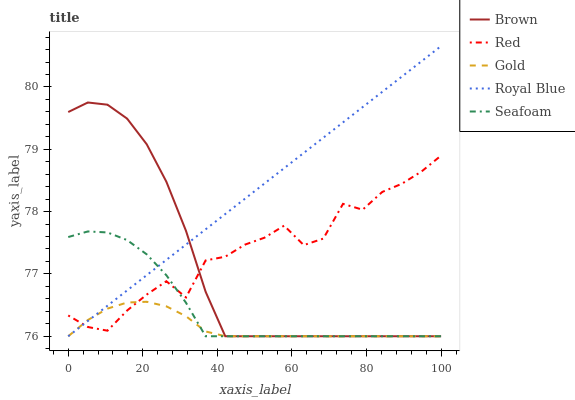
| xaxis_label | Brown | Red | Gold | Royal Blue | Seafoam |
 | --- | --- | --- | --- | --- | --- |
 | 0 | 79.6 | 76.3 | 76 | 76 | 77.6 |
 | 5.26 | 79.8 | 76.1 | 76.3 | 76.2 | 77.7 |
 | 10.5 | 79.7 | 76.1 | 76.4 | 76.5 | 77.7 |
 | 15.8 | 79.5 | 76.4 | 76.5 | 76.7 | 77.5 |
 | 21.1 | 79.1 | 76.7 | 76.6 | 77 | 77.3 |
 | 26.3 | 78.5 | 76.9 | 76.5 | 77.2 | 77 |
 | 31.6 | 77.7 | 76.6 | 76.3 | 77.5 | 76.5 |
 | 36.8 | 76.7 | 77.2 | 76.1 | 77.7 | 76 |
 | 42.1 | 76 | 77.3 | 76 | 78 | 76 |
 | 47.4 | 76 | 77.5 | 76 | 78.2 | 76 |
 | 52.6 | 76 | 77.6 | 76 | 78.5 | 76 |
 | 57.9 | 76 | 77.8 | 76 | 78.7 | 76 |
 | 63.2 | 76 | 77.5 | 76 | 78.9 | 76 |
 | 68.4 | 76 | 77.6 | 76 | 79.2 | 76 |
 | 73.7 | 76 | 78.1 | 76 | 79.4 | 76 |
 | 78.9 | 76 | 78 | 76 | 79.7 | 76 |
 | 84.2 | 76 | 78.3 | 76 | 79.9 | 76 |
 | 89.5 | 76 | 78.4 | 76 | 80.2 | 76 |
 | 94.7 | 76 | 78.6 | 76 | 80.4 | 76 |
 | 100 | 76 | 78.9 | 76 | 80.7 | 76 |